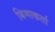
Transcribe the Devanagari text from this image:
बिमाकर्ता